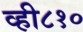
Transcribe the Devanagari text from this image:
व्ही८१०